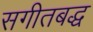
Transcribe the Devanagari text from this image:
सगीतबद्ध